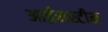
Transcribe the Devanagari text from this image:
आईनस्टीन